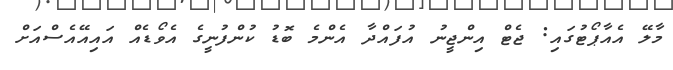
މާލޭ އެއާޕޯޓުގައި: ޖެޓް އިންޖީނު އުފައްދާ އެންމެ ބޮޑު ކުންފުނީގެ އެވޯޑެއް އައިއޭއެސްއަށް